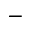
-